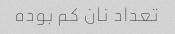
تعداد نان کم بوده